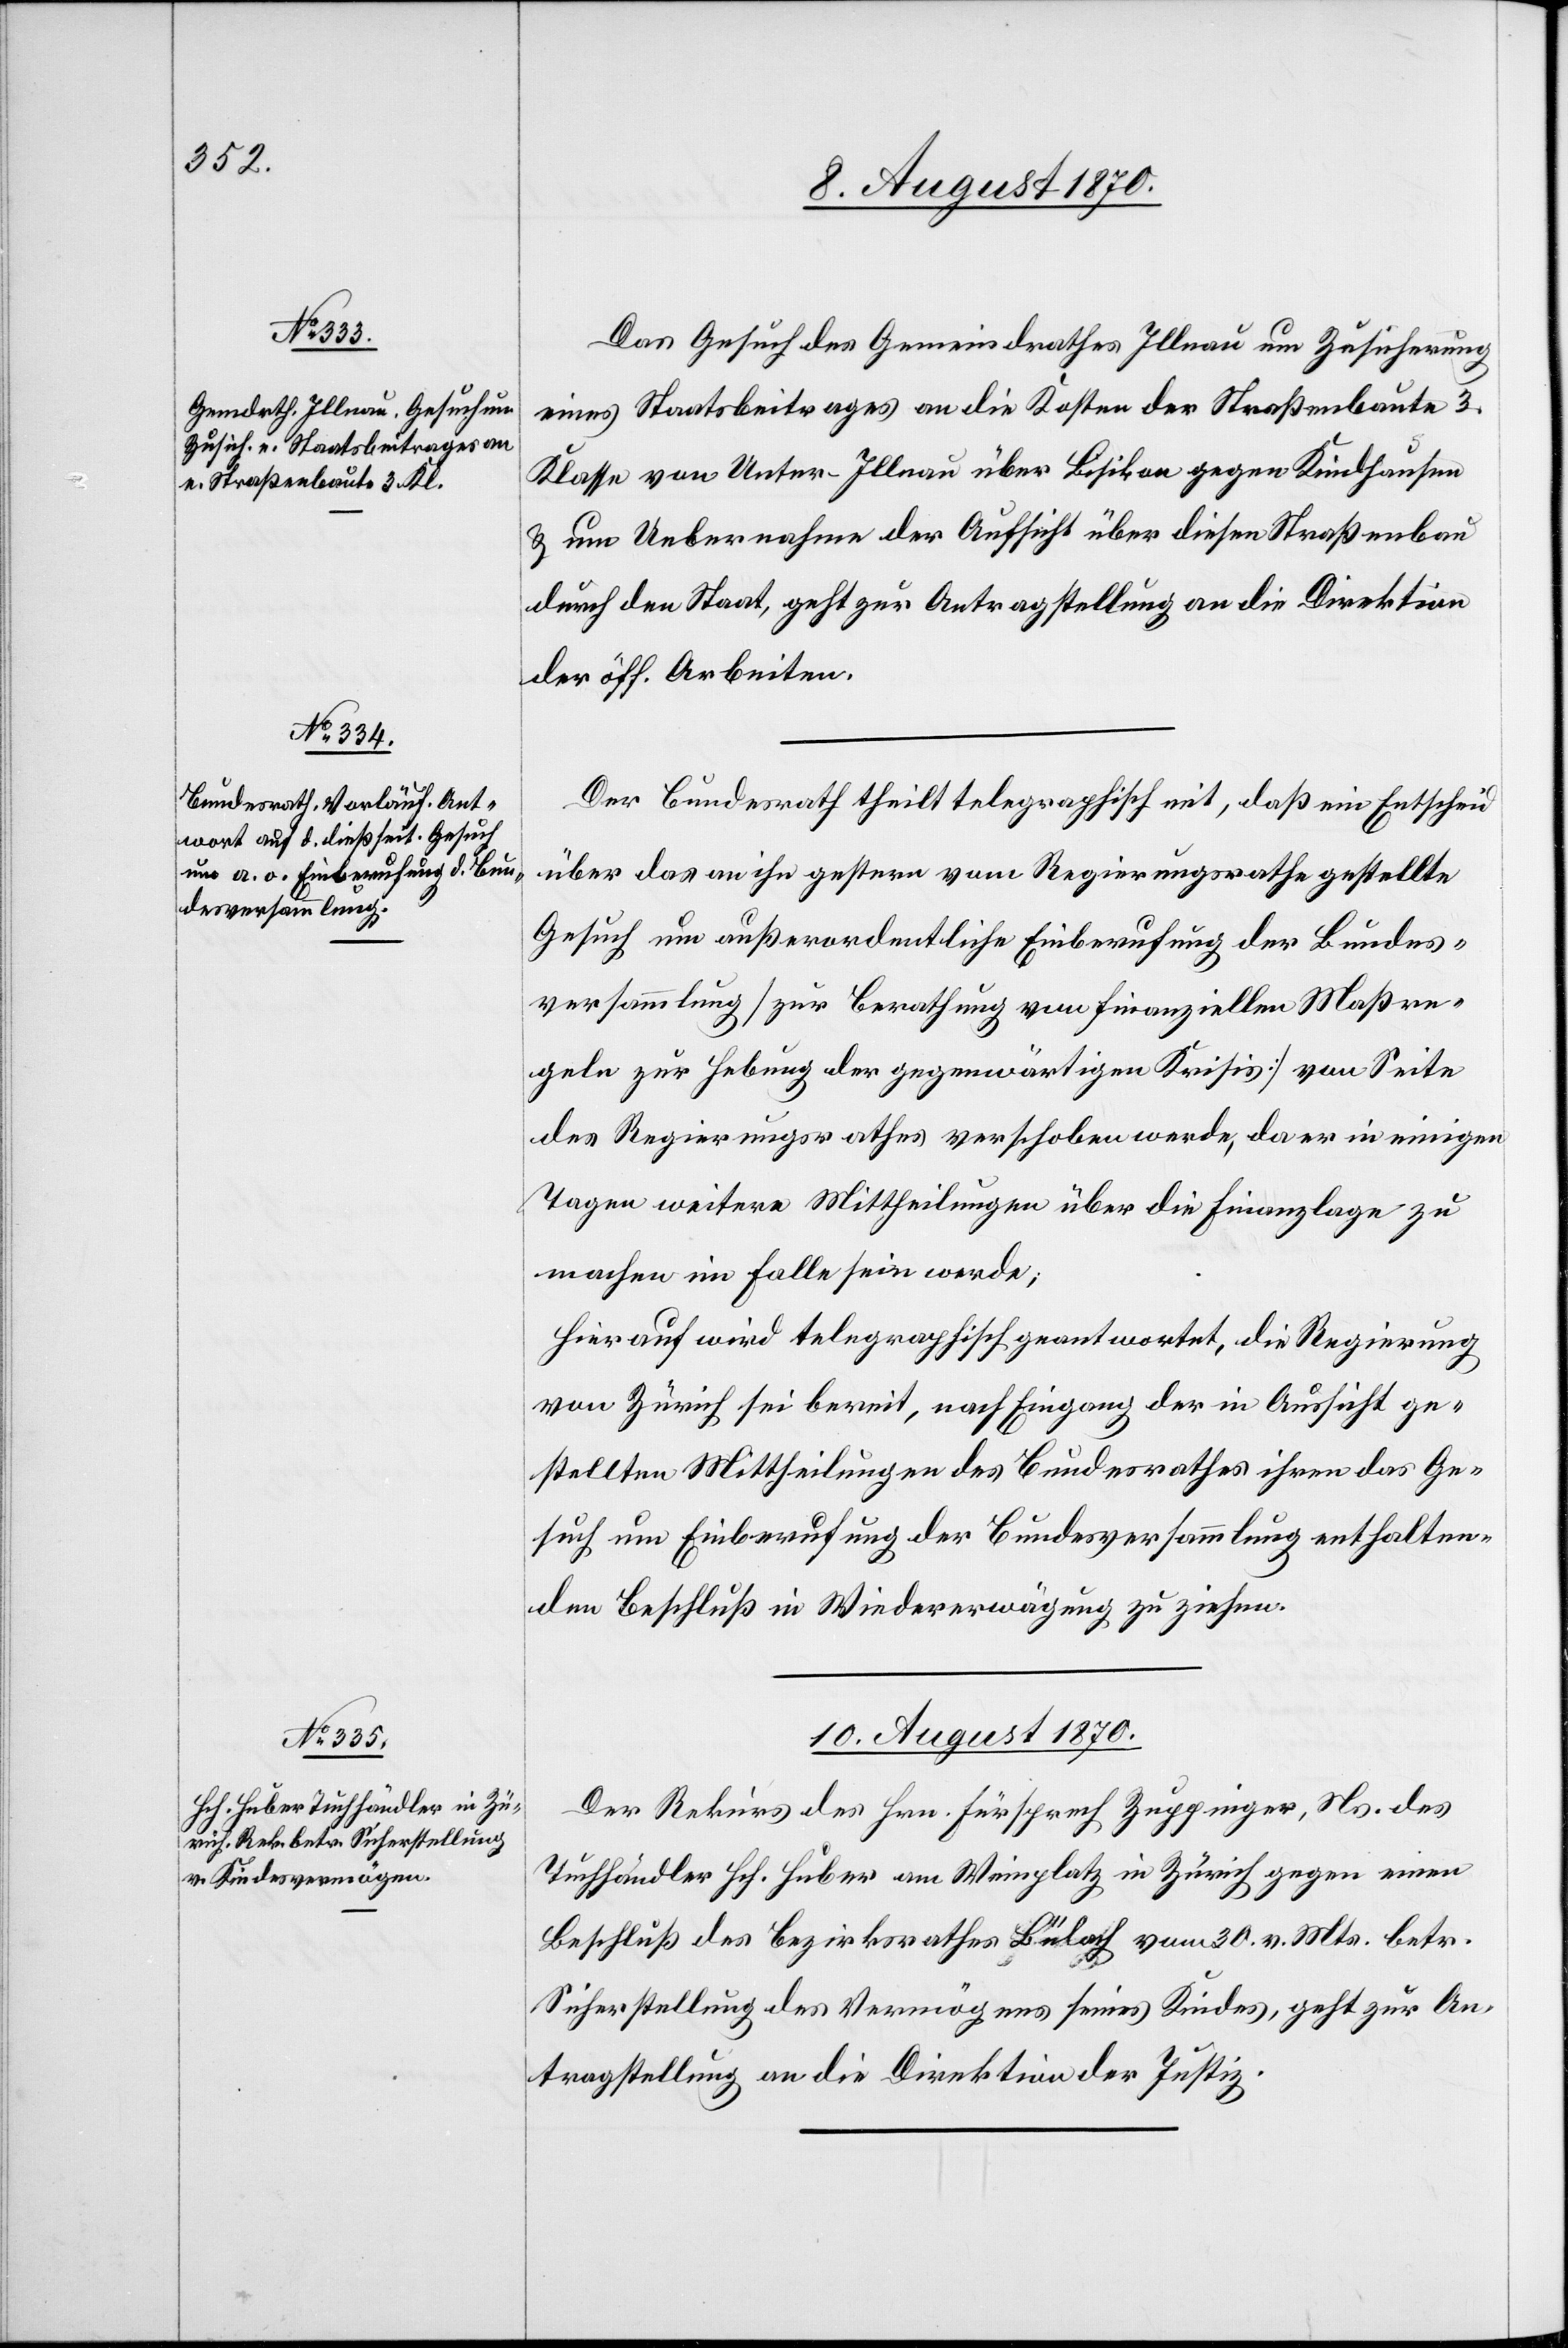
9. August 1870.]
Das Gesuch des Gemeindrathes Illnau um Zusicherung
eines Staatsbeitrages an die Kosten einer Straßenbaute 3.
Klasse von Unter-Illnau über Bisikon gegen Kindhausen
& um Uebernahme der Aufsicht über diesen Straßenbau
durch den Staat, geht zur Antragstellung an die Direktion
der öff. Arbeiten.
Der Bundesrath theilt telegraphisch mit, daß ein Entscheid
über das an ihn gestern vom Regierungsrathe gestellte
Gesuch um außerordentliche Einberufung der Bundes¬
versammlung [zur Berathung von finanziellen Maßre¬
geln zur Hebung der gegenwärtigen Krisis] von Seite
des Regierungsrathes [sic!], da er in einigen Tagen
machen im Falle sein werde.
Hierauf wird telegraphisch geantwortet, die Regierung
von Zürich sei bereit, nach Eingang der in Aussicht ge¬
stellten Mittheilungen des Bundesrathes ihren das Ge¬
such um Einberufung der Bundesversammlung enthalten¬
den Beschluß in Wiedererwägung zu ziehen.
10. August 1870.
Der Rekurs des Hrn. Fürsprech Zuppinger, Ns. des
Tuchhändler Hch. Huber am Weinplatz in Zürich gegen einen
Beschluß des Bezirksrathes Bülach vom 30. v. Mts. betr.
Sicherstellung des Vermögens seines Kindes, geht zur An¬
tragstellung an die Direktion der Justiz.